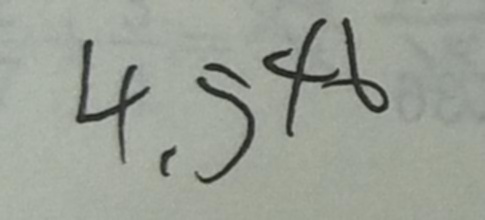
4 . 5 4 6